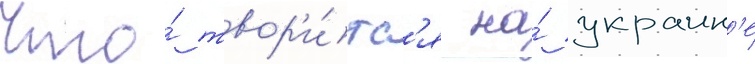
Что́ твор'и́тс'я на́ украин'е